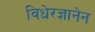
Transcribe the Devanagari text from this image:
विधेरज्ञानेन